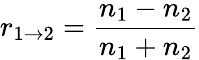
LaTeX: r_{1\rightarrow 2}=\frac{n_{1}-n_{2}}{n_{1}+n_{2}}